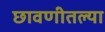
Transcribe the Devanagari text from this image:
छावणीतल्या